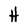
Character: H